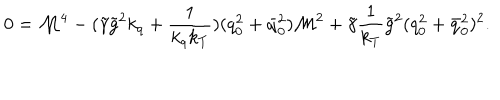
0 = { \cal M } ^ { 4 } - ( \tilde { \gamma } \tilde { g } ^ { 2 } k _ { q } + \frac 1 { k _ { q } k _ { T } } ) ( q _ { 0 } ^ { 2 } + \bar { q } _ { 0 } ^ { 2 } ) { \cal M } ^ { 2 } + \tilde { \gamma } \frac 1 { k _ { T } } \tilde { g } ^ { 2 } ( q _ { 0 } ^ { 2 } + \bar { q } _ { 0 } ^ { 2 } ) ^ { 2 } .